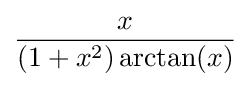
{\frac {x}{(1+x^{2})\arctan(x)}}